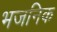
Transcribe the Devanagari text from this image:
भजनिक